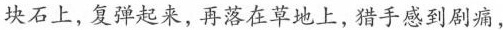
块石上，复弹起来，再落在草地上，猎手感到剧痛，